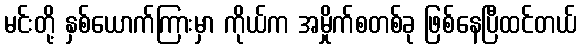
မင်းတို့ နှစ်ယောက်ကြားမှာ ကိုယ်က အမှိုက်စတစ်ခု ဖြစ်နေပြီထင်တယ်